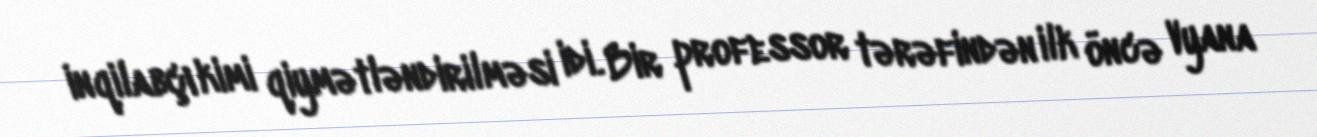
inqilabçı kimi qiymətləndirilməsi idi. Bir professor tərəfindən ilk öncə Vyana